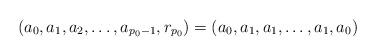
LaTeX: \begin{align*}(a_0,a_1,a_2,\dots,a_{p_0-1},r_{p_0}) =(a_0,a_1,a_1,\dots,a_1,a_0)\end{align*}